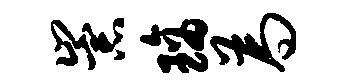
崇璃为